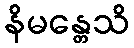
နိမန္တေသိ